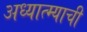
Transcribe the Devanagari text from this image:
अध्यात्म्याची